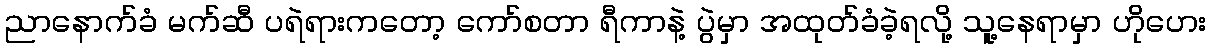
ညာနောက်ခံ မက်ဆီ ပရဲရားကတော့ ကော်စတာ ရီကာနဲ့ ပွဲမှာ အထုတ်ခံခဲ့ရလို့ သူ့နေရာမှာ ဟိုဟေး